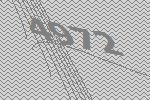
4972